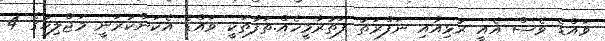
ވައްޑެ ވެސް އެއީ ރުޅިއާއި ނަފްރަތު ފަތުރާމީހެއް.ތަފާތަކީ ވައްޑެ އެކަންކުރަނީ މަޖްލިހުގެ 4